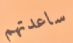
ساعدتهم